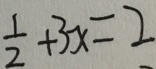
\frac { 1 } { 2 } + 3 x = 2